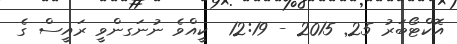
އޮކްޓޯބަރު 25